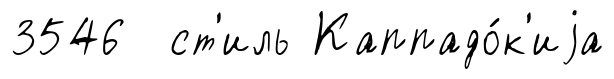
3546 ст'иль Каппадо́к'иjа